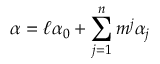
\alpha = \ell \alpha _ { 0 } + \sum _ { j = 1 } ^ { n } m ^ { j } \alpha _ { j }